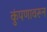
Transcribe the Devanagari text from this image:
कुंपणावरून